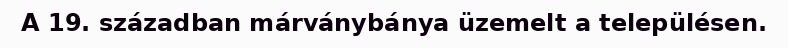
A 19. században márványbánya üzemelt a településen.